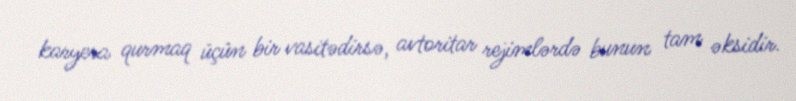
karyera qurmaq üçün bir vasitədirsə, avtoritar rejimlərdə bunun tam əksidir.